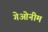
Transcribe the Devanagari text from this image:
गेओनीम